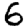
Digit: 6